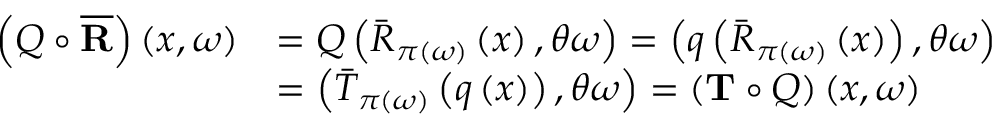
\begin{array} { r l } { \left( Q \circ \overline { { \mathbf { R } } } \right) \left( x , \omega \right) } & { = Q \left( \bar { R } _ { \pi \left( \omega \right) } \left( x \right) , \theta \omega \right) = \left( q \left( \bar { R } _ { \pi \left( \omega \right) } \left( x \right) \right) , \theta \omega \right) } \\ & { = \left( \bar { T } _ { \pi \left( \omega \right) } \left( q \left( x \right) \right) , \theta \omega \right) = \left( \mathbf { T } \circ Q \right) \left( x , \omega \right) } \end{array}